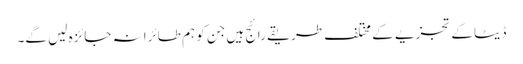
ڈیٹا کے تجزیے کے مختلف طریقے رائج ہیں جن کو ہم طائرانہ جائزہ لیں گے۔